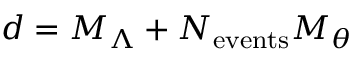
d = M _ { \Lambda } + N _ { \mathrm { e v e n t s } } M _ { \theta }